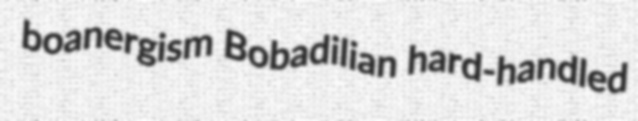
boanergism Bobadilian hard-handled